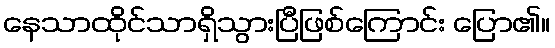
နေသာထိုင်သာရှိသွားပြီဖြစ်ကြောင်း ပြော၏။